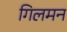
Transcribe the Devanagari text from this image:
गिलमन